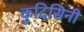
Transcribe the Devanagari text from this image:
कुदिसिनी